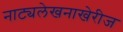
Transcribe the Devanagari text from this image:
नाट्यलेखनाखेरीज